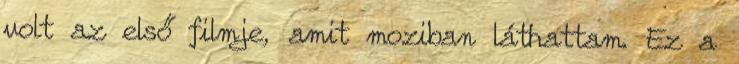
volt az első filmje, amit moziban láthattam. Ez a